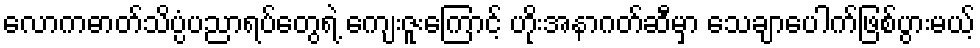
လောကဓာတ်သိပ္ပံပညာရပ်တွေရဲ့ ကျေးဇူးကြောင့် ဟိုးအနာဂတ်ဆီမှာ သေချာပေါက်ဖြစ်ပွားမယ့်